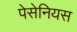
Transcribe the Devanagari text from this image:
पेसेनियस